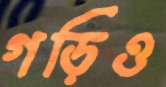
গড়িও